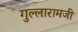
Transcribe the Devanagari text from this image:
गुल्लारामजी